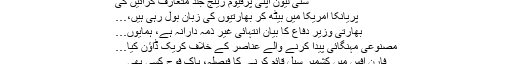
سنی لیون اپنی پرفیوم رینج جلد متعارف کرائیں گی
پریانکا امریکا میں بیٹھ کر بھارتیوں کی زبان بول رہی ہیں،…
بھارتی وزیر دفاع کا بیان انتہائی غیر ذمہ دارانہ ہے، ہمایوں…
مصنوعی مہنگائی پیدا کرنے والے عناصر کے خلاف کریک ڈاؤن کیا…
فارن آفس میں کشمیر سیل قائم کرنے کا فیصلہ، پاک فوج کسی بھی…